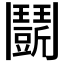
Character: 𩰖